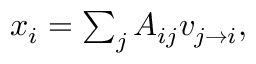
\begin{array} { r } { x _ { i } = \sum _ { j } A _ { i j } v _ { j \rightarrow i } , } \end{array}